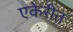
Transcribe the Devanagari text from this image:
एकेरीत